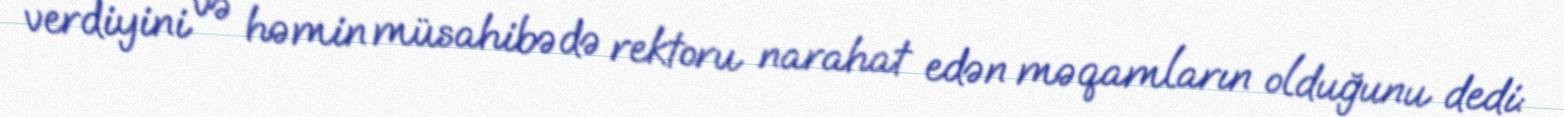
verdiyini və həmin müsahibədə rektoru narahat edən məqamların olduğunu dedi: